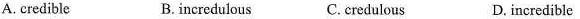
A. credible B. incredulous C.credulous D. incredible